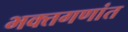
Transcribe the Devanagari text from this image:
भक्तगणांत